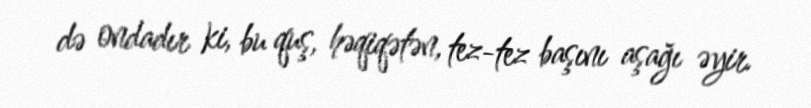
də ondadır ki, bu quş, həqiqətən, tez-tez başını aşağı əyir.